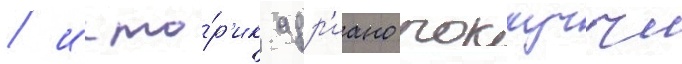
/ исто́р'ик адр'иано роккуччи